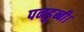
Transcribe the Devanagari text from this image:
पनडुब्‍बी।